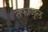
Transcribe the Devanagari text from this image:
तफाजुल